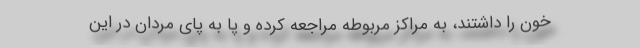
خون را داشتند، به مراکز مربوطه مراجعه کرده و پا به پای مردان در این